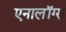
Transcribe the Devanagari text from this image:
एनालॉग्स